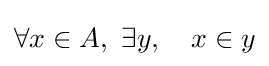
\forall x\in A,\ \exists y,\quad x\in y